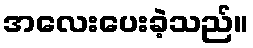
အလေးပေးခဲ့သည်။